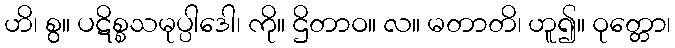
ဟိ၊ စွ။ ပဋိစ္စသမုပ္ပါဒေါ၊ ကို။ ဌိတာဝ။ လ။ မတာတိ၊ ဟူ၍။ ဝုတ္တော၊